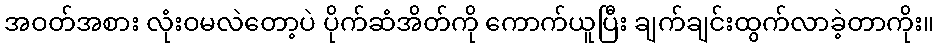
အဝတ်အစား လုံးဝမလဲတော့ပဲ ပိုက်ဆံအိတ်ကို ကောက်ယူပြီး ချက်ချင်းထွက်လာခဲ့တာကိုး။